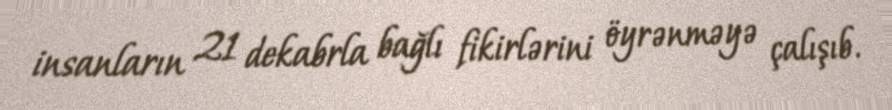
insanların 21 dekabrla bağlı fikirlərini öyrənməyə çalışıb.